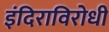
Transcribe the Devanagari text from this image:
इंदिराविरोधी